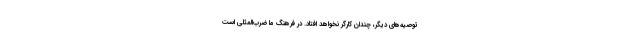
توصیه‌های دیگر، چندان کارگر نخواهد افتاد. در فرهنگ ما ضرب‌المثلی است